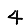
Digit: 4